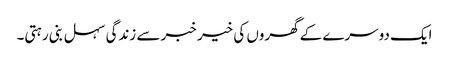
ایک دوسرے کے گھروں کی خیر خبر سے زندگی سہل بنی رہتی۔